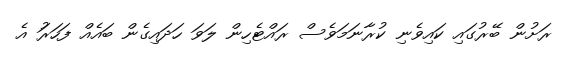
ރަށުން ބޭރުގައި ކައިވެނި ކުރާނަމަވެސް ރައްޓެހިން ލަވަ ހަދައިގެން ބައެއް ފަހަރަު އެ